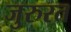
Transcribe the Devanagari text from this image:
जुरुरत